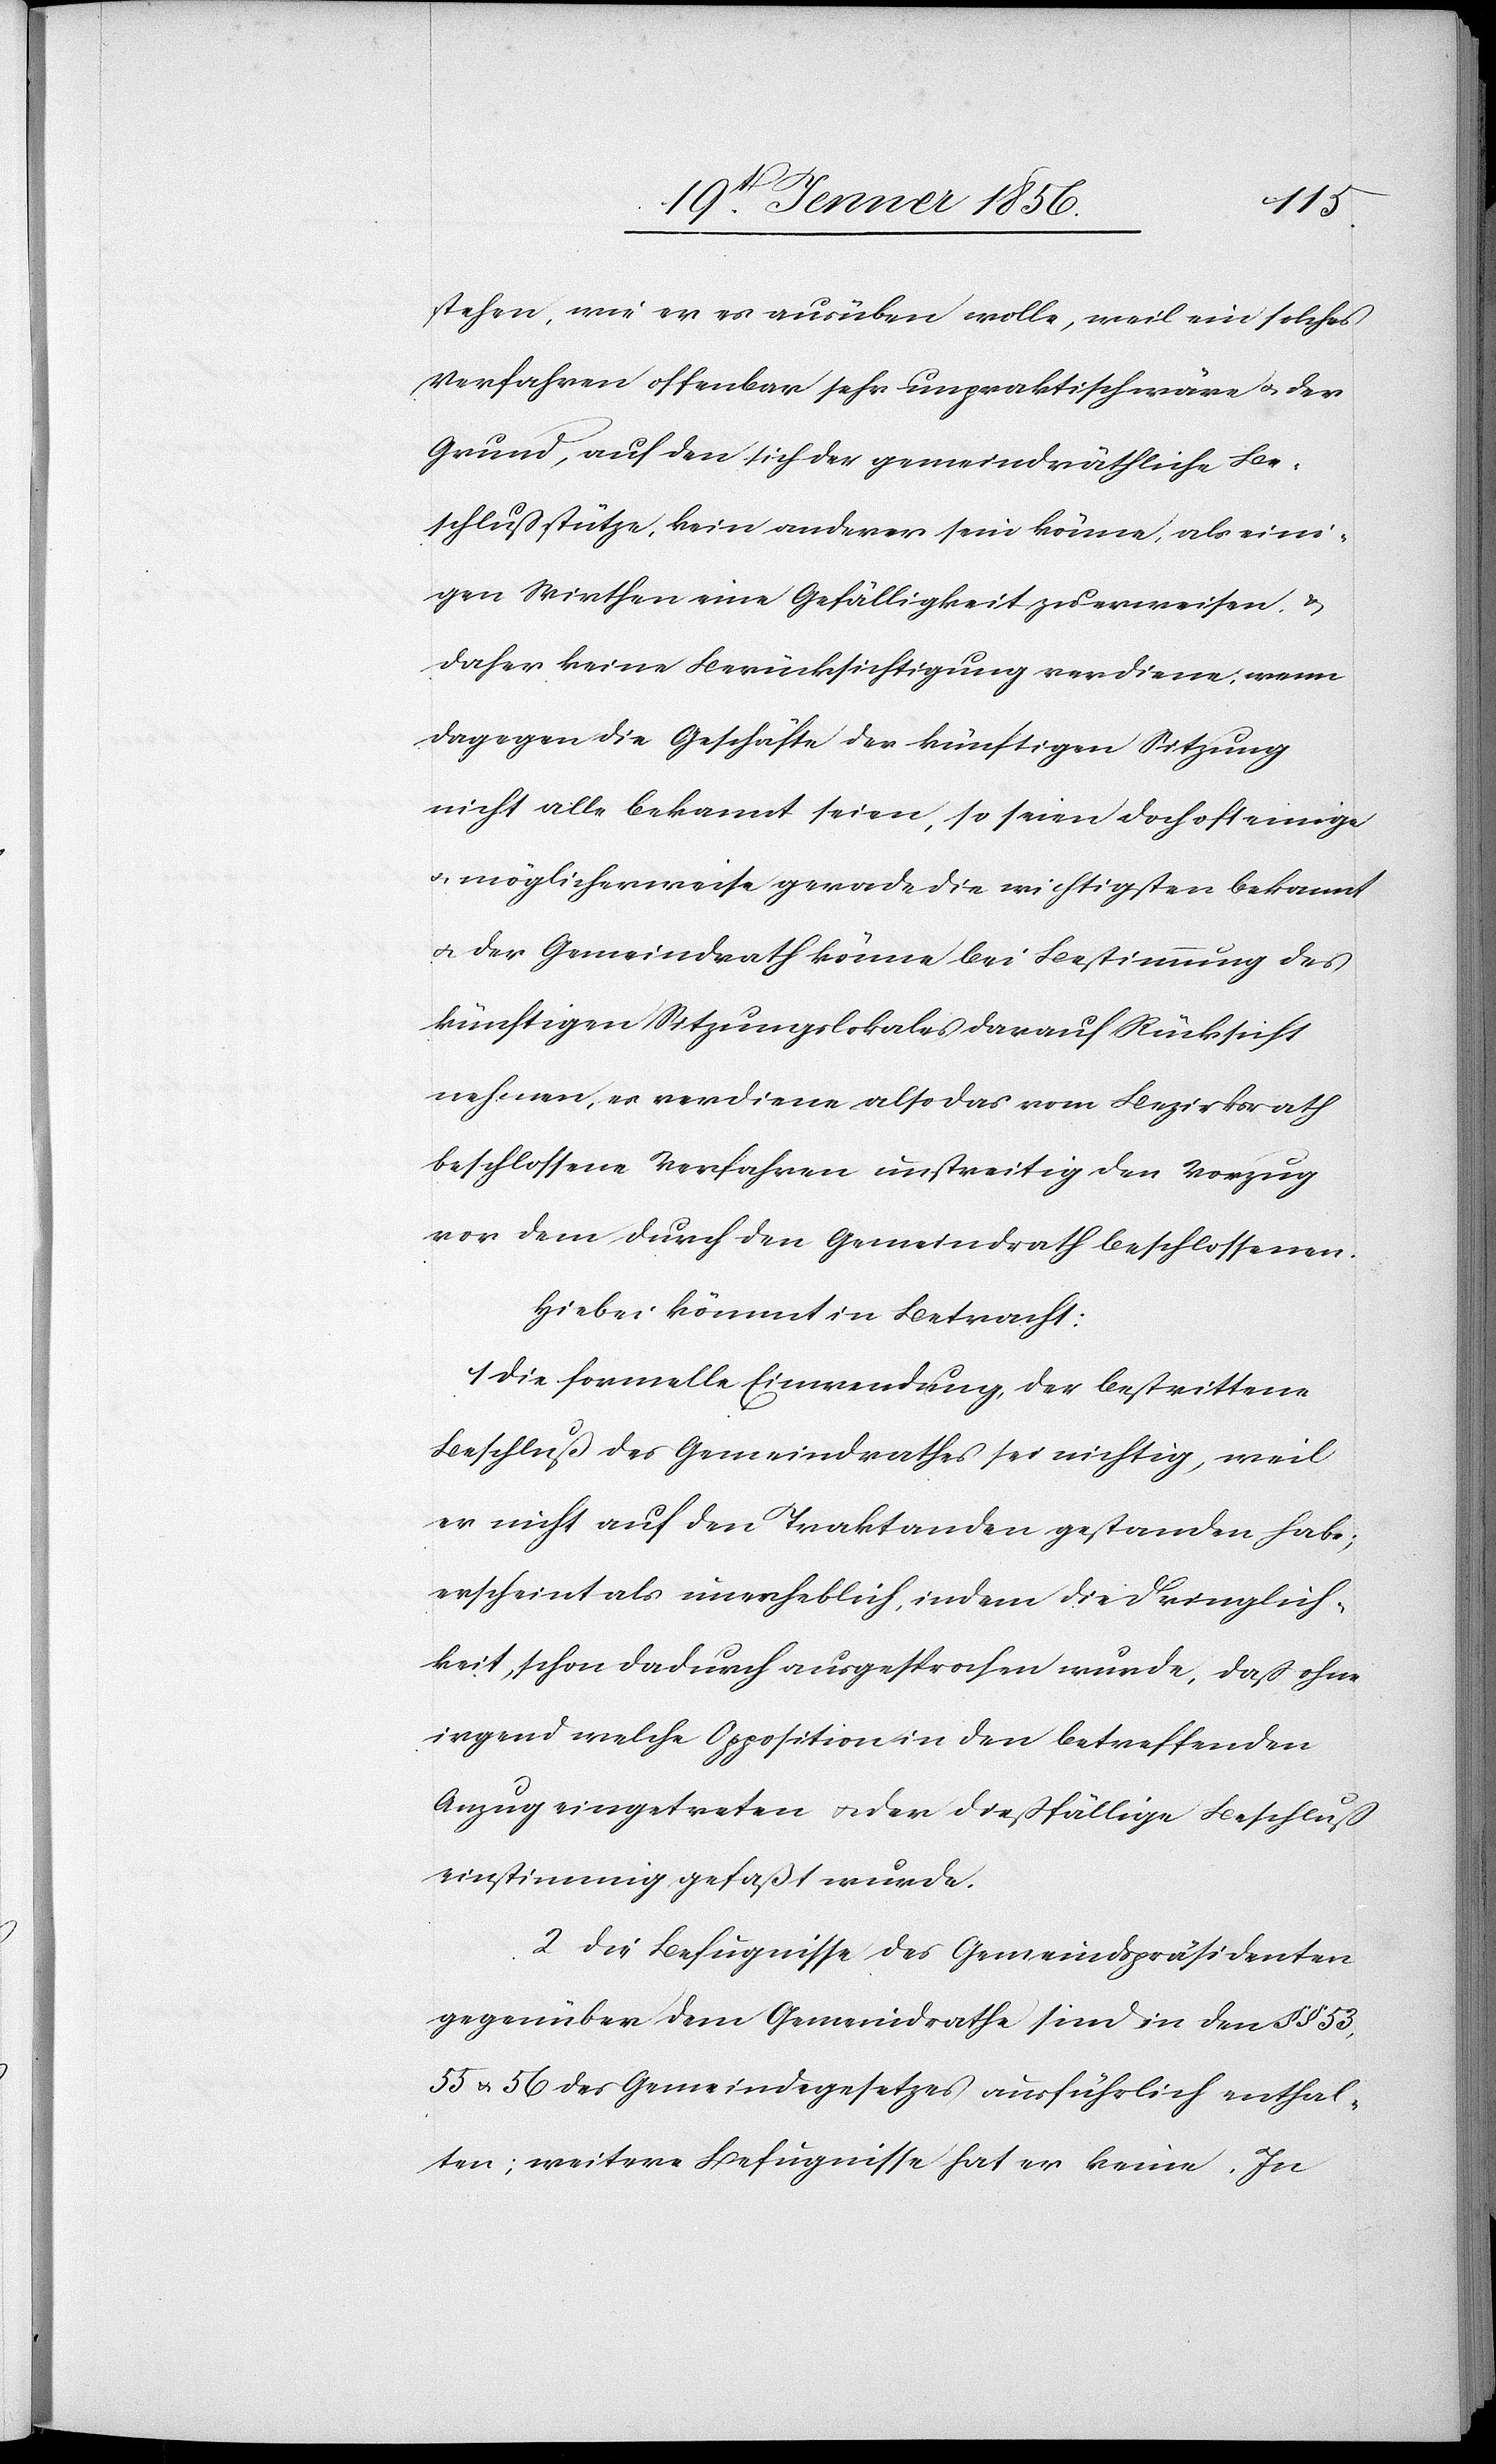
stehen, wie er es ausüben wolle, weil ein solches
Verfahren offenbar sehr unpraktisch wäre u. der
Grund, auf den sich der gemeindräthliche Be¬
schluß stütze, kein anderer sein könne, als eini¬
gen Wirthen eine Gefälligkeit zu erweisen u.
daher keine Berücksichtigung verdiene, wenn
dagegen die Geschäfte der künftigen Sitzung
nicht alle bekannt seien, so seien doch oft einige
u. möglicherweise gerade die wichtigsten bekannt
u. der Gemeindrath könne bei Bestimmung des
künftigen Sitzungslokales darauf Rücksicht
nehmen, es verdiene also das vom Bezirksrath
beschlossene Verfahren unstreitig den Vorzug
vor dem durch den Gemeindrath beschlossenen.
Hierbei kömmt in Betracht:
1 Die formelle Einwendung, der bestrittene
Beschluß des Gemeindrathes sei nichtig, weil
er nicht auf den Traktanden gestanden habe;
erscheint als unerheblich, indem die Dringlich¬
keit, schon dadurch ausgesprochen wurde, daß ohne
irgend welche Opposition in den betreffenden
Anzug eingetreten u. der dießfällige Beschluß
einstimmig gefasst wurde.
2 Die Befugnisse des Gemeindspräsidenten
gegenüber dem Gemeindrathe sind in den §§ 53,
55 u. 56 des Gemeindegesetzes ausführlich enthal¬
ten; weitere Befugnisse hat er keine. In